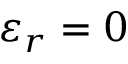
\varepsilon _ { r } = 0